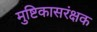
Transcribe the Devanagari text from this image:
मुष्टिकासरंक्षक